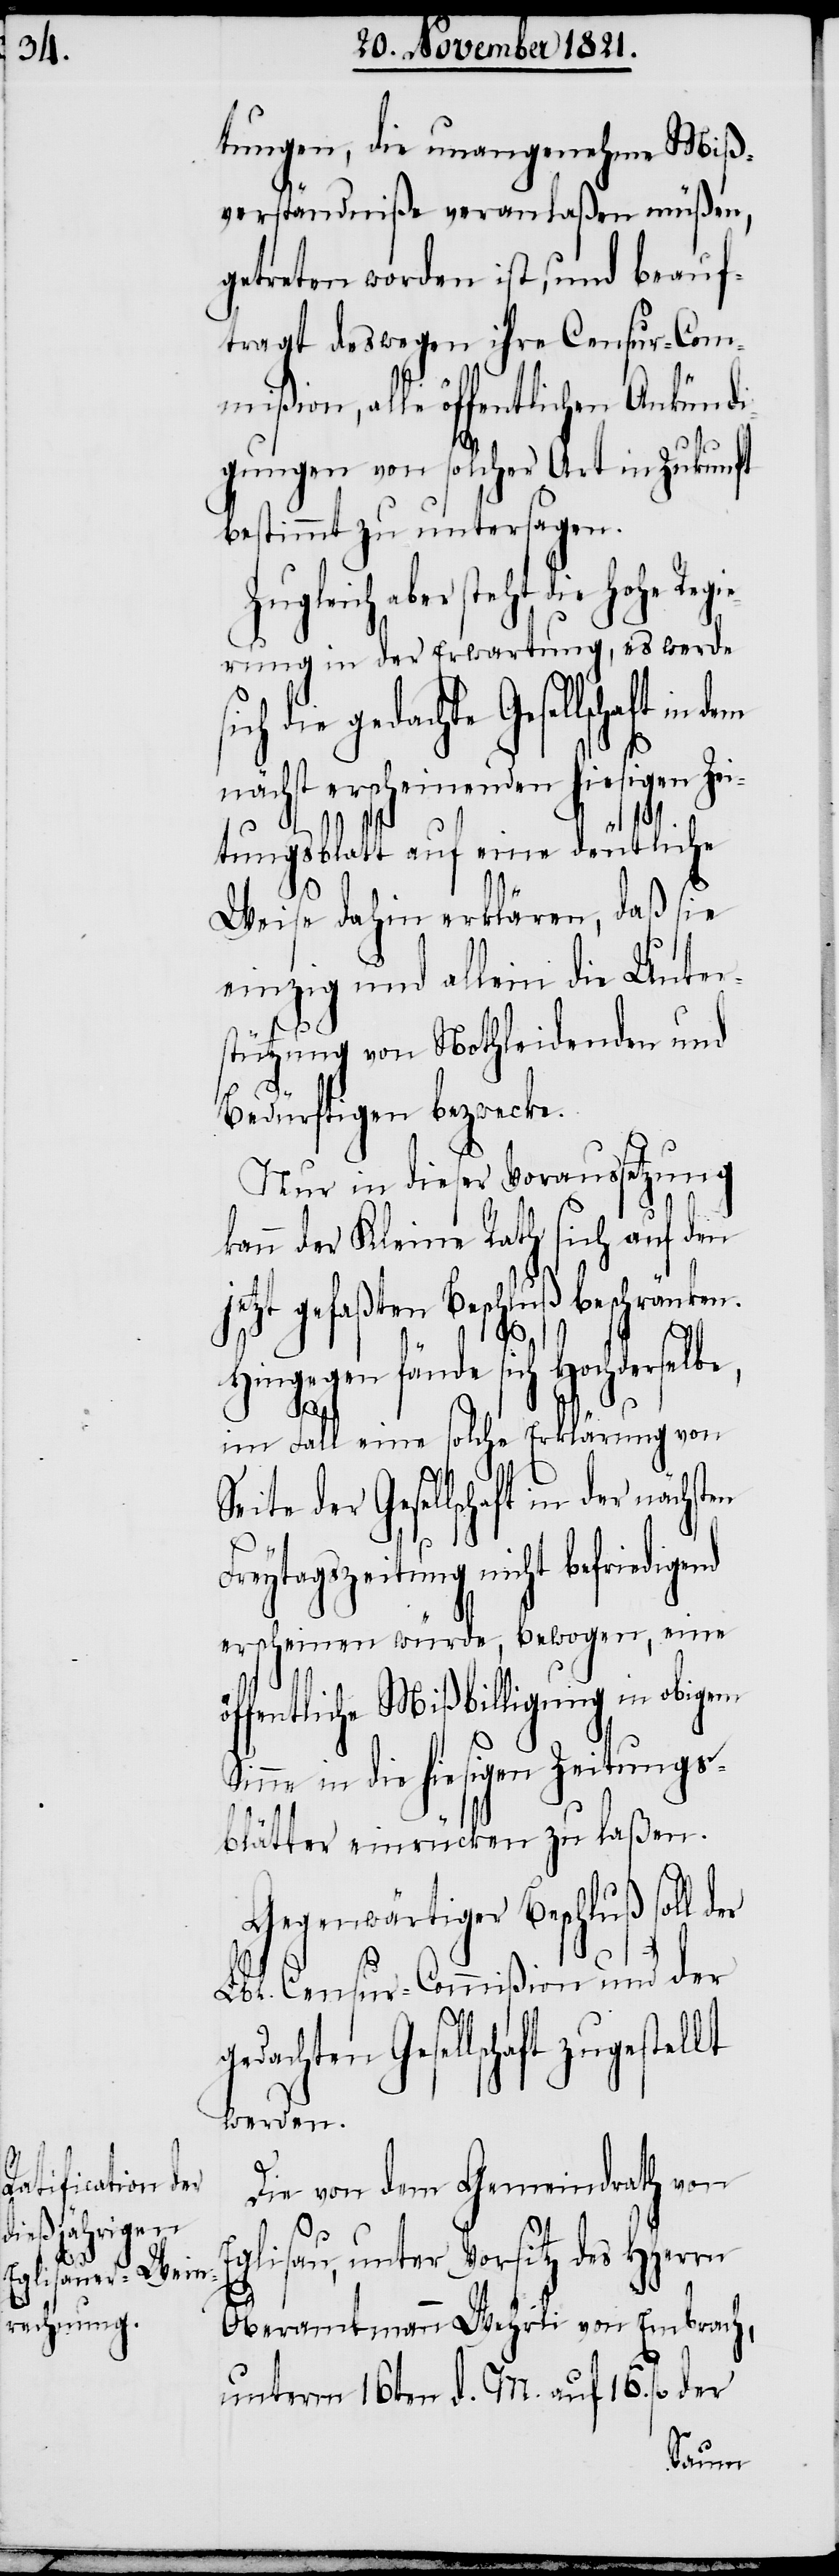
tungen, die unangenehme Miß¬
verständniße veranlaßen müßen,
getreten worden ist, und beauf¬
tragt deswegen ihre Censur-Com¬
mißion, alle öffentlichen Ankündi¬
gungen von solcher Art in Zukunft
bestimmt zu untersagen.
gleich aber steht die Hohe Re¬
gierung in der Erwartung, es werde
Seite der Gesellschaft in
nächst erscheinenden hiesigen Zei¬
tungsblatt auf eine deutliche
der
Weise dahin erklären, daß sie
einzig und allein die Unter¬
stützung von Nothleidenden und
Bedürftigen bezwecke.
Nur in dieser Voraussetzung
kann der Kleine Rath sich auf den
jetzt gefaßten Beschluß beschränken.
Hingegen fände sich Hochderselbe,
im Fall eine solche Erklärung von
er
Freytagszeitung nicht befriedigend
erscheinen würde, bewogen, eine
ffentliche Mißbilligung in obigem
Sinne in die hiesigen Zeitungs¬
blätter einrücken zu laßen.
Gegenwärtiger Beschluß soll d¬
Lbl. Censur-Commißion und der
Gesellschaft zugestellt
werden.
Die von dem Gemeindrath von
E¬
glisau, unter Vorsitz des HHerrn
Oberamtmann Wehrli von Embrach,
unterm 16ten d. M. auf 16. fl der